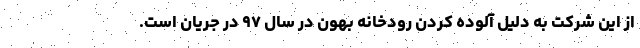
از این شرکت به دلیل آلوده کردن رودخانه بهون در سال ۹۷ در جریان است.